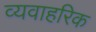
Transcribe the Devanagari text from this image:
व्यवाहरिक